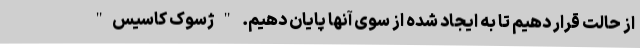
از حالت قرار دهیم تا به ایجاد شده از سوی آنها پایان دهیم. "ژسوک کاسیس"